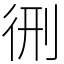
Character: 㣜